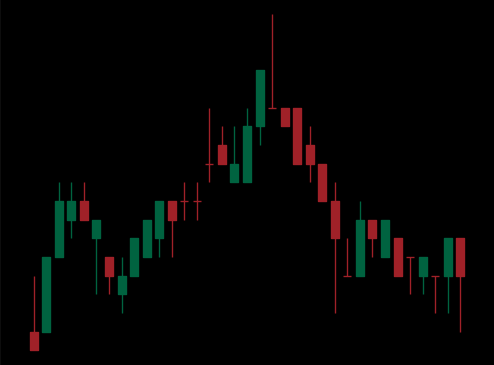
Pattern: head_shoulders